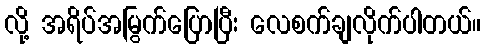
လို့ အရိပ်အမြွက်ပြောပြီး လေစက်ချလိုက်ပါတယ်။